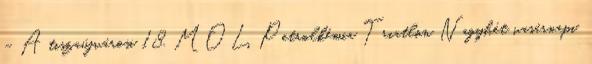
– A tiszaújvárosi 18. MOL Petrolkémia Triatlon Nagyhét vasárnapi,